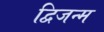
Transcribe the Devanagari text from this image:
द्विजन्‍म